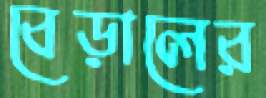
বেড়ালের